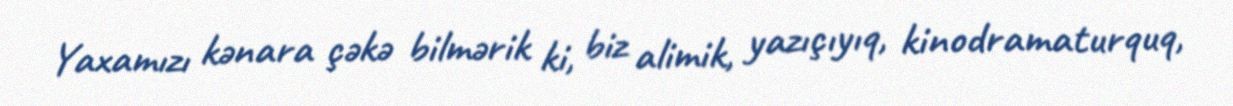
Yaxamızı kənara çəkə bilmərik ki, biz alimik, yazıçıyıq, kinodramaturquq,